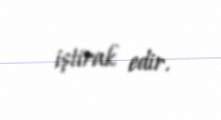
iştirak edir.